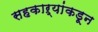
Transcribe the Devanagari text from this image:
सहकाऱ्यांकडून